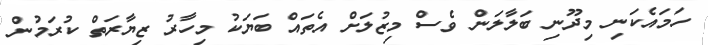
ހަމައެކަނި މިދޫނި ބަލާލަން ވެސް މިޒުލަށް އެތައް ބަޔަކު މިހާރު ޒިޔާރަތް ކުރަމުން